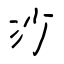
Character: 沙